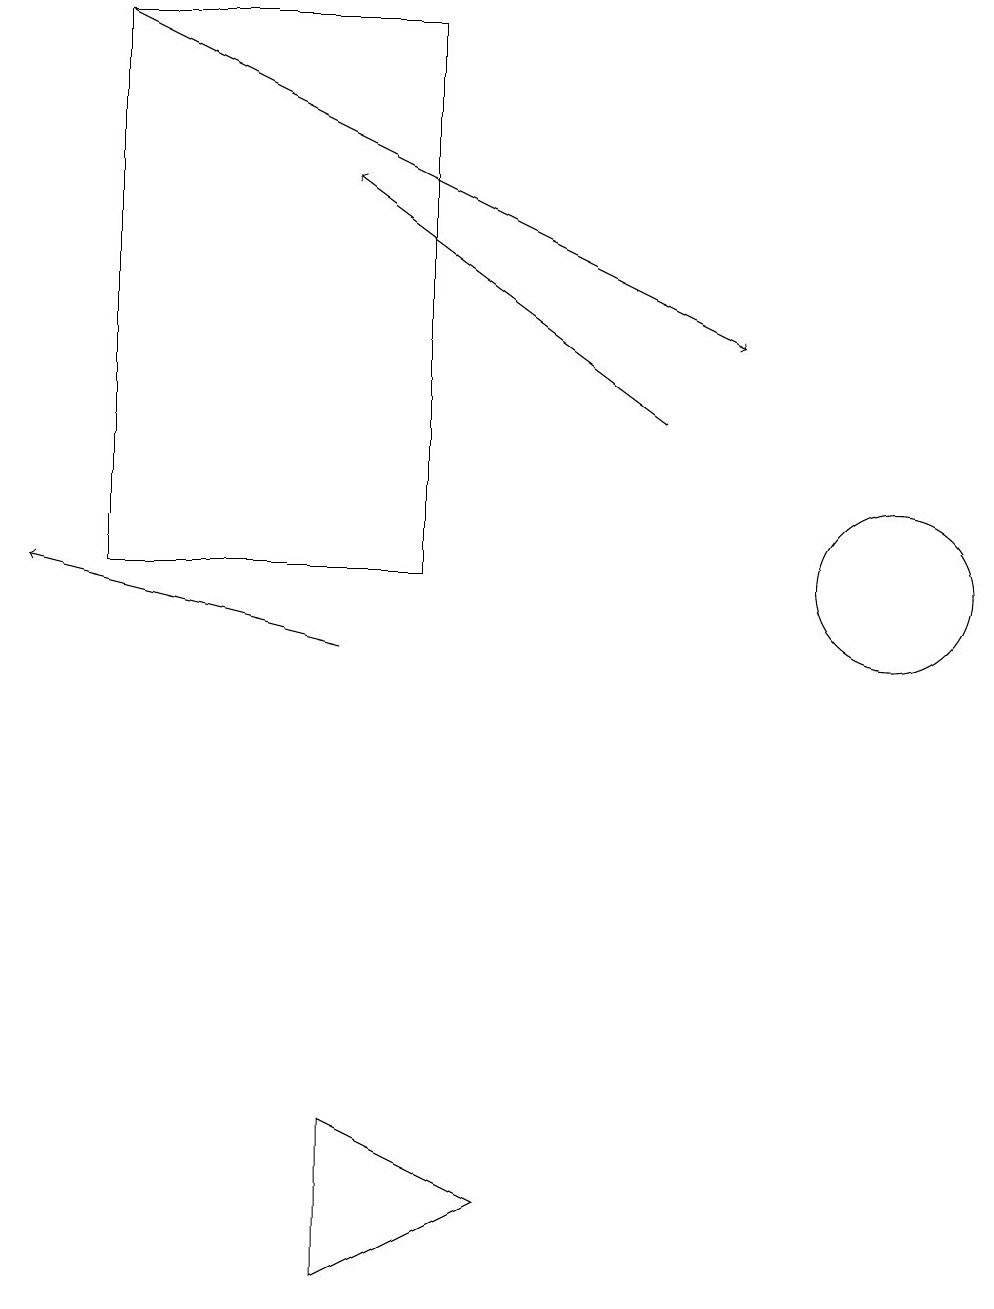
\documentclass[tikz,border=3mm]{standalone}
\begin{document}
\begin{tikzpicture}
\draw[->] (4,10) -- (0,11);
\draw (5,18) rectangle (1,11);
\draw[->] (8,13) -- (4,16);
\draw (4,4) -- (6,3) -- (4,2) -- cycle;
\draw[->] (1,18) -- (9,14);
\draw (11,11) circle (1);
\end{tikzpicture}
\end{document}